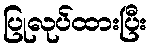
ပြုလုပ်ထားပြီး